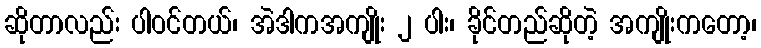
ဆိုတာလည်း ပါဝင်တယ်၊ အဲဒါကအကျိုး ၂ ပါး၊ ခိုင်တည်ဆိုတဲ့ အကျိုးကတော့၊